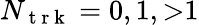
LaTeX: N_{\mathrm{~t~r~k~}}=0,1,{>}1